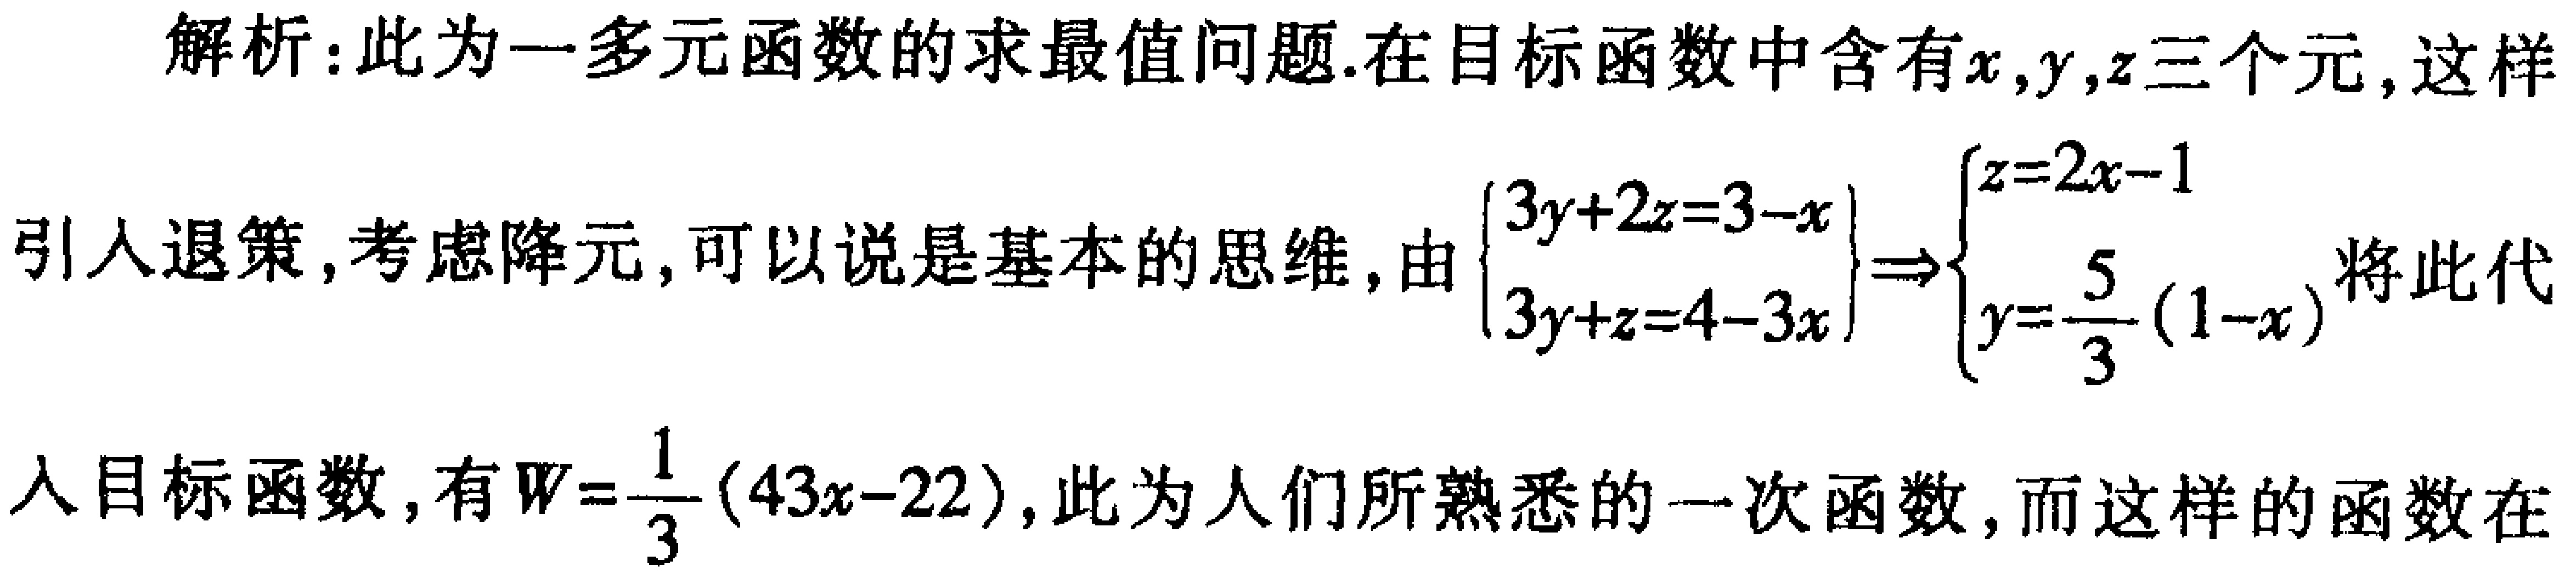
解析：此为一多元函数的求最值问题.在目标函数中含有\(x,y,z\)三个元, 这样引入退策,考虑降元,可以说是基本的思维,由\(\begin{cases}3y + 2z = 3 - x\\3y + z = 4 - 3x\end{cases}\Rightarrow\begin{cases}z = 2x - 1\\y = \frac{5}{3}(1 - x)\end{cases}\)将此代入目标函数,有\(W=\frac{1}{3}(43x - 22)\),此为人们所熟悉的一次函数,而这样的函数在